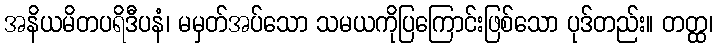
အနိယမိတပရိဒီပနံ၊ မမှတ်အပ်သော သမယကိုပြကြောင်းဖြစ်သော ပုဒ်တည်း။ တတ္ထ၊